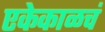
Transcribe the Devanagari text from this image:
एकेकाळचं